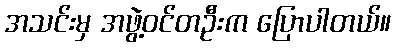
အသင်းမှ အဖွဲ့ဝင်တဦးက ပြောပါတယ်။